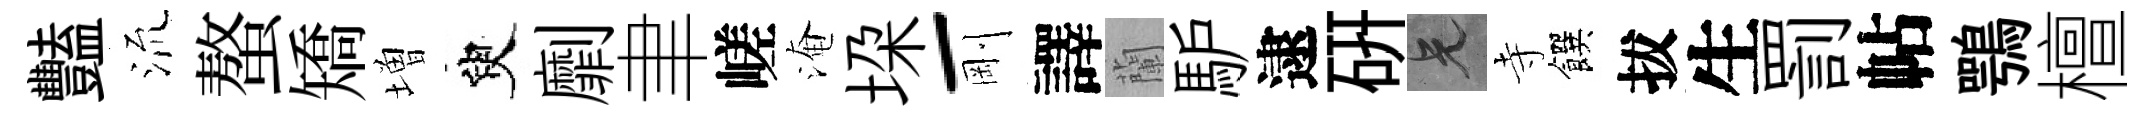
豔𣴑螯矯増臾劘聿嵯淹垜-剛譯蘭馿逮硏兄寺饌拔生罰帖鶚檀